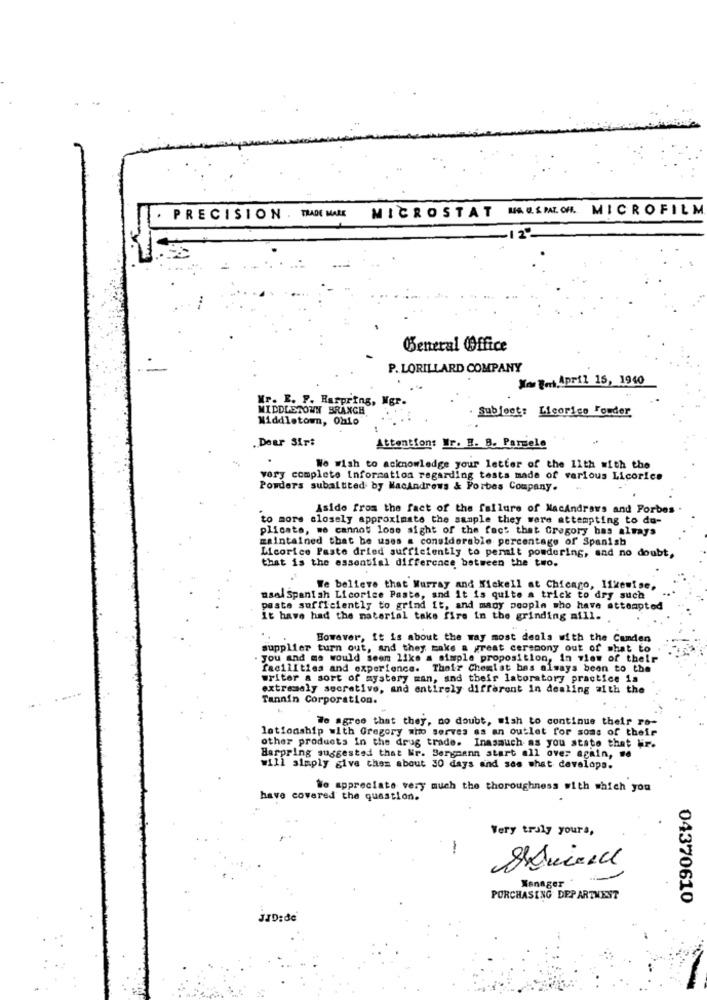
MICROSTAT MAGEMAIOR MICROFILM
PRECISION . TRADE MARK
General Office
P. LORILLARD COMPANY
No Teri.April 15, 1940
Mr. E. F. Harpring, Mgr.
MIDDLETOWN BRANCH
Middletown, Olio
Subject: Licorice Fouder
Dear Sirt
Attention: Ir. B. B. Parsele
We wish to acknowledge your letter of the 11th with the
vory complete Information regarding tests made of various Licorice
Powders subaitited by MacAndrews & Forbes Company.
Aside from the fact of the failure of MacAndrews and Forbes .
to more closely approximate the sample they were attempting to do-
plicate, we cannot lose sight of the fact that Gregory has always
maintained that be uses a considerable percentage of Spanish
Licorice Paste dried sufficiently to permit powdering, and no doubt,
that is the essential difference between the two.
We believe that Murray and Niekell at Chicago, likewise,
msal Spanish Licorice Paste, and it is quite a trick to dry such
paste sufficiently to grind it, and many people who have attempted
It have had the material take fire in the grinding mill.
However, it is about the way most deals with the Camden
supplier turn out, and they make a great ceremony out of what to
you and ma would seem like a simple proposition, in view of their
facilities and experience. Their Chemist has always been to the
writer a sort of mystery man, and their laboratory practice is
extrasaly secretive, and entirely different in dealing with the
Tannin Corporation.
We agree that they, no doubt, wish to continue their ro-
lationship with Gregory who serves as an outlet for soms of their
other products In the drug trade. Inasauch as you state that Wir.
Harpring suggested that Mr. Bergmann start all over again, ..
will simply give them about 30 days and see what develops.
We appreciate very much the thoroughness with which you
have covered the question.
Very truly yours ,
-
Manager
PURCHASING DEPARTMEST
04370610
JJD:de